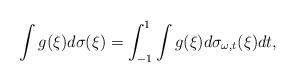
LaTeX: \begin{align*}\int g(\xi)d\sigma(\xi)=\int_{-1}^1\int g(\xi)d\sigma_{\omega,t}(\xi)dt,\end{align*}